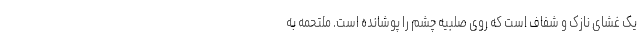
یک غشای نازک و شفاف است که روی صلبیه چشم را پوشانده است. ملتحمه به